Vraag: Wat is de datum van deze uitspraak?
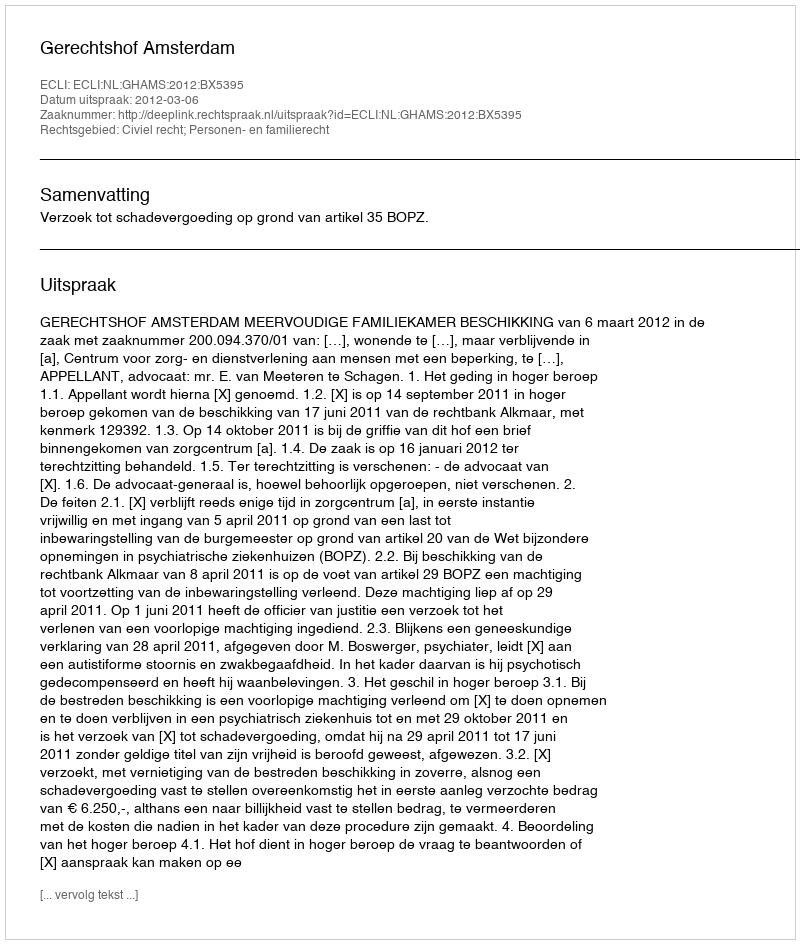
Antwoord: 2012-03-06